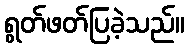
ရွတ်ဖတ်ပြခဲ့သည်။